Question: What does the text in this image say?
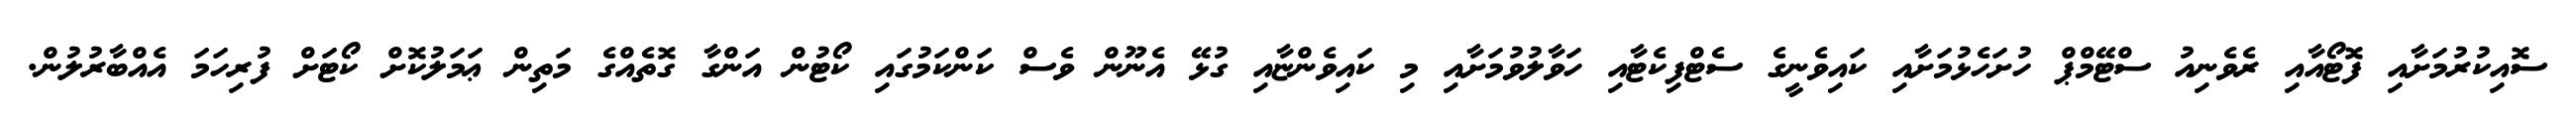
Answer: ސޮއިކުރުމަށާއި ފޮޓޯއާއި ރެވެނިއު ސްޓޭމްޕް ހުށަހެޅުމަށާއި ކައިވެނީގެ ސެޓްފިކެޓާއި ހަވާލުވުމަށާއި މި ކައިވެންޏާއި ގުޅޭ އެނޫން ވެސް ކަންކަމުގައި ކޯޓުން އަންގާ ގޮތެއްގެ މަތިން ޢަމަލުކޮށް ކޯޓަށް ފުރިހަމަ އެއްބާރުލުން.